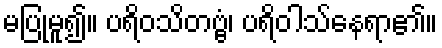
မပြုမူ၍။ ပရိဝသိတဗ္ဗံ၊ ပရိဝါသ်နေရာ၏။